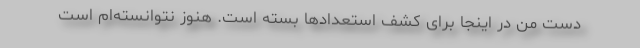
دست من در اینجا برای کشف استعدادها بسته است. هنوز نتوانسته‌ام است